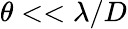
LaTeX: \theta<<\lambda/D